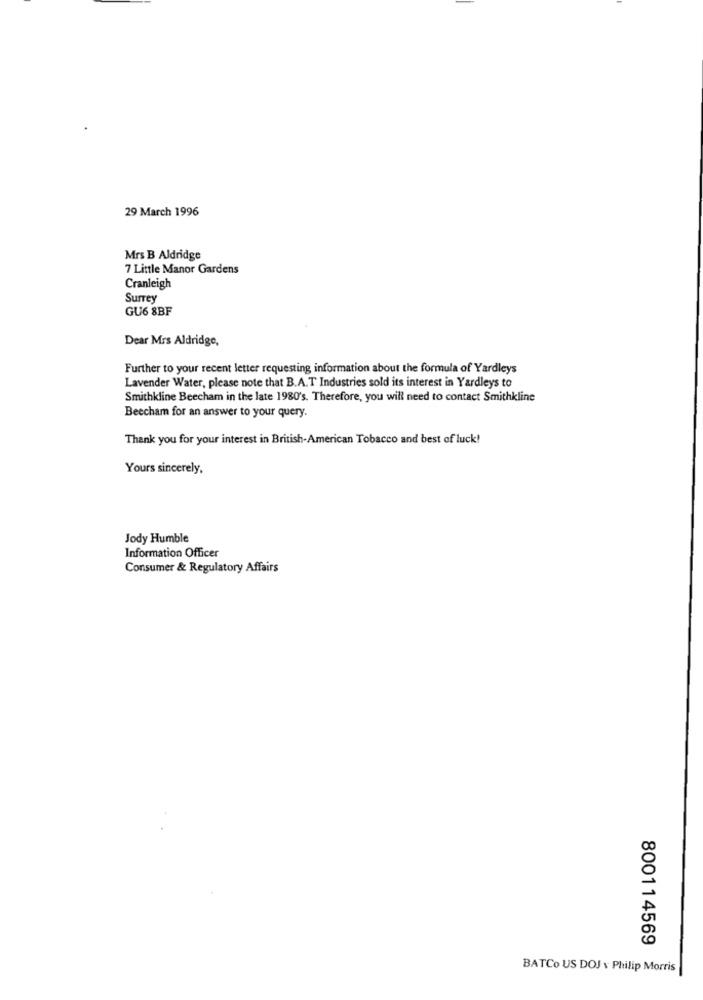
29 March 1996
Mrs B Aldridge
7 Little Manor Gardens
Cranleigh
Surrey
GU6 8BF
Dear Mrs Aldridge,
Further to your recent letter requesting information about the formula of Yardleys
Lavender Water, please note that B.A.T Industries sold its interest in Yardleys to
Smithkline Beecham in the late 1980's. Therefore, you will need to contact Smithkline
Beecham for an answer to your query.
Thank you for your interest in British-American Tobacco and best of luck!
Yours sincerely,
Jody Humble
Information Officer
Consumer & Regulatory Affairs
800114569
BATCo US DOJ v Philip Morris